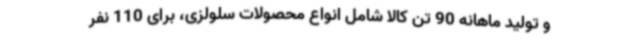
و تولید ماهانه 90 تن کالا شامل انواع محصولات سلولزی، برای 110 نفر